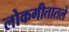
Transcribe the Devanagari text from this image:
लोकगीतातले